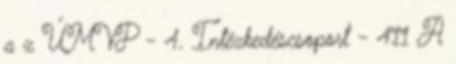
a z ÚMVP - 4. Intézkedéscsoport - 411 A